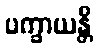
ပက္ခာယန္တိ